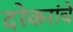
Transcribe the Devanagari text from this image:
दरेकरांचे